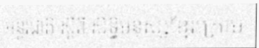
អន្តរជាតិ ស្តីពី សិទ្ធិមនុស្សខ្មែរក្រោម